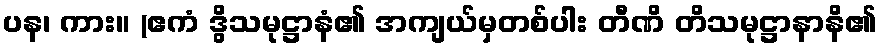
ပန၊ ကား။ (ဧကံ ဒွိသမုဋ္ဌာနံ၏ အကျယ်မှတစ်ပါး တီဏိ တိသမုဋ္ဌာနာနိ၏